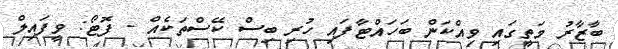
ބާޒާރު މަތީގައި ވިއްކަން ބަހައްޓާފައި ހުރި ބިސް ކޭސްތަކެއް - ފޮޓޯ: ވީފައިލް